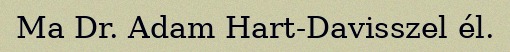
Ma Dr. Adam Hart-Davisszel él.